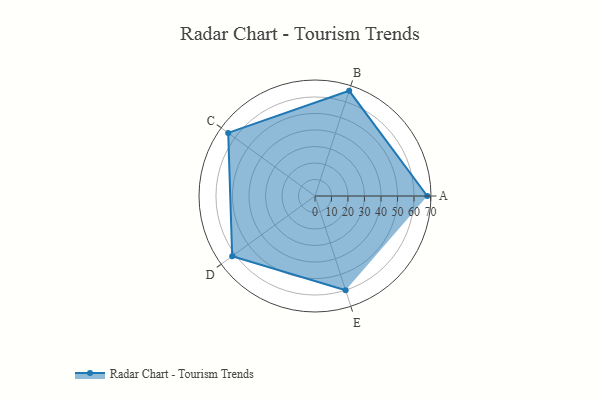
{"axis": {"x": "Skill", "y": "Score"}, "legend": ["Profile"], "data": [{"x": "A", "y": 68.0, "type": "Profile"}, {"x": "B", "y": 67.0, "type": "Profile"}, {"x": "C", "y": 65.0, "type": "Profile"}, {"x": "D", "y": 62.0, "type": "Profile"}, {"x": "E", "y": 60.0, "type": "Profile"}]}